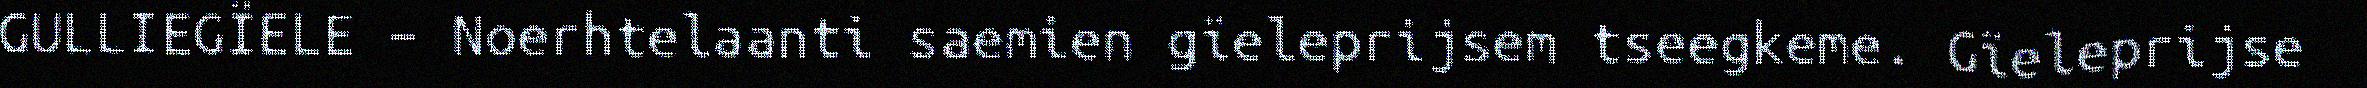
GULLIEGÏELE – Noerhtelaanti saemien gïeleprijsem tseegkeme. Gïeleprijse